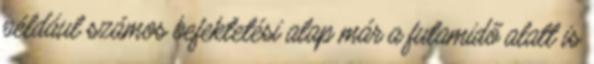
például számos befektetési alap már a futamidő alatt is